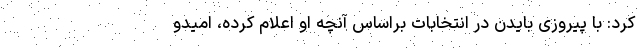
کرد: با پیروزی بایدن در انتخابات براساس آنچه او اعلام کرده، امیدو